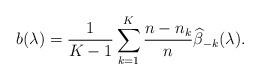
LaTeX: \begin{align*}b(\lambda )=\frac{1}{K-1}\sum_{k=1}^{K}\frac{n-n_{k}}{n}\widehat{\beta }_{-k}(\lambda ). \end{align*}